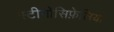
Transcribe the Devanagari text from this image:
स्टीगोसिफ़ेलिया